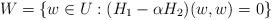
LaTeX: \begin{align*}W = \{w\in U:(H_1-\alpha H_2)(w,w)=0\}\end{align*}